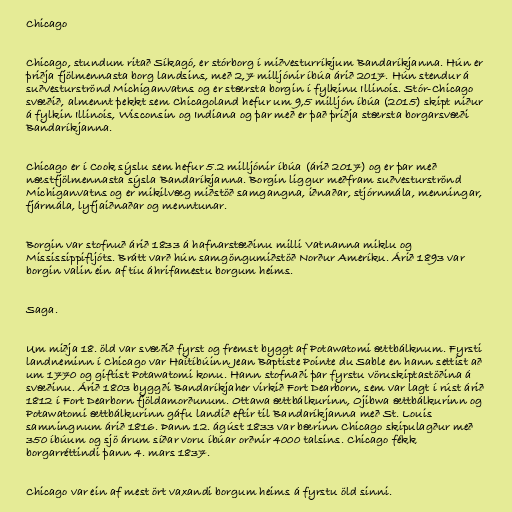
Chicago

Chicago, stundum ritað Síkagó, er stórborg í miðvesturríkjum Bandaríkjanna. Hún er
þriðja fjölmennasta borg landsins, með 2,7 milljónir íbúa árið 2017. Hún stendur á
suðvesturströnd Michiganvatns og er stærsta borgin í fylkinu Illinois. Stór-Chicago
svæðið, almennt þekkt sem Chicagoland hefur um 9,5 milljón íbúa (2015) skipt niður
á fylkin Illinois, Wisconsin og Indiana og þar með er það þriðja stærsta borgarsvæði
Bandaríkjanna.

Chicago er í Cook sýslu sem hefur 5.2 milljónir íbúa (árið 2017) og er þar með
næstfjölmennasta sýsla Bandaríkjanna. Borgin liggur meðfram suðvesturströnd
Michiganvatns og er mikilvæg miðstöð samgangna, iðnaðar, stjórnmála, menningar,
fjármála, lyfjaiðnaðar og menntunar.

Borgin var stofnuð árið 1833 á hafnarstæðinu milli Vatnanna miklu og
Mississippifljóts. Brátt varð hún samgöngumiðstöð Norður Ameríku. Árið 1893 var
borgin valin ein af tíu áhrifamestu borgum heims.

Saga.

Um miðja 18. öld var svæðið fyrst og fremst byggt af Potawatomi ættbálknum. Fyrsti
landneminn í Chicago var Haítíbúinn Jean Baptiste Pointe du Sable en hann settist að
um 1770 og giftist Potawatomi konu. Hann stofnaði þar fyrstu vöruskiptastöðina á
svæðinu. Árið 1803 byggði Bandaríkjaher virkið Fort Dearborn, sem var lagt í rúst árið
1812 í Fort Dearborn fjöldamorðunum. Ottawa ættbálkurinn, Ojibwa ættbálkurinn og
Potawatomi ættbálkurinn gáfu landið eftir til Bandaríkjanna með St. Louis
samningnum árið 1816. Þann 12. ágúst 1833 var bærinn Chicago skipulagður með
350 íbúum og sjö árum síðar voru íbúar orðnir 4000 talsins. Chicago fékk
borgarréttindi þann 4. mars 1837.

Chicago var ein af mest ört vaxandi borgum heims á fyrstu öld sinni.